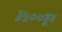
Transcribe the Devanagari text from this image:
३५००हून